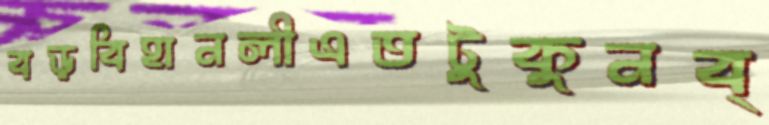
বড়বিহানলীএতটুকুনব্